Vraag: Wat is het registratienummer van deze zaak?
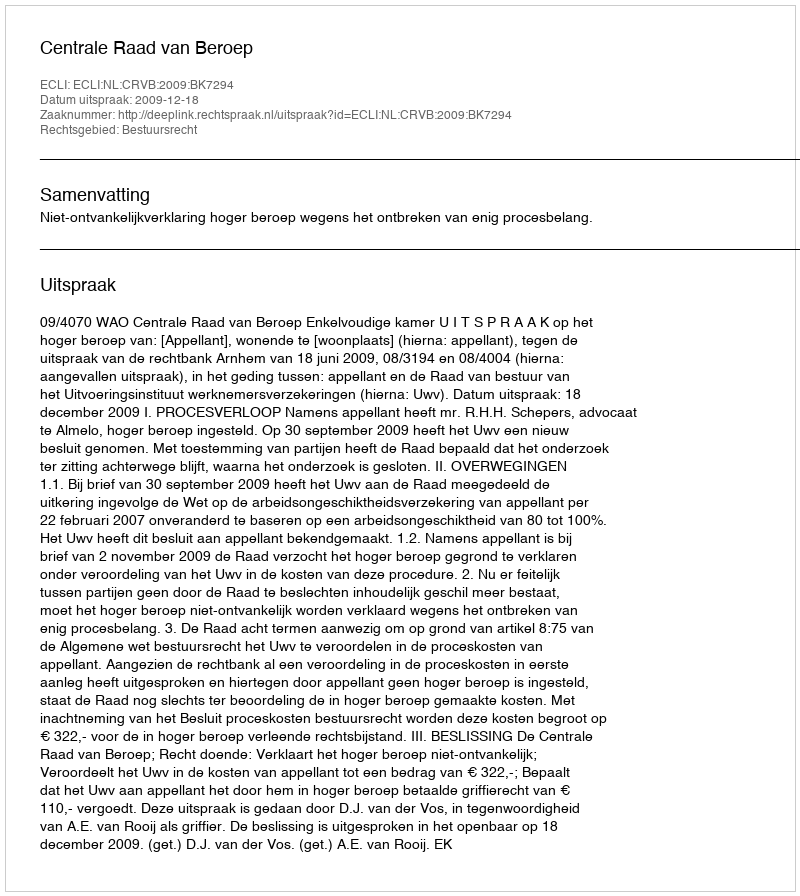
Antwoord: http://deeplink.rechtspraak.nl/uitspraak?id=ECLI:NL:CRVB:2009:BK7294